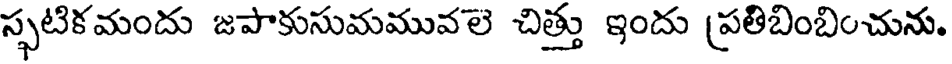
స్ఫటికమందు జపాకుసుమమువలె చిత్తు ఇందు (పతిబింబించును.